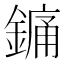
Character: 𨪞